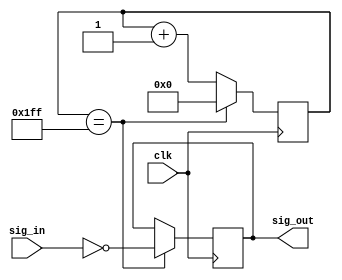
`timescale 1ns / 1ps
//////////////////////////////////////////////////////////////////////////////////
// Company: 
// Engineer: 
// 
// Design Name: 
// Module Name:    Square_Signal 
// Project Name: 
// Target Devices: 
// Tool versions: 
// Description: 
//
// Dependencies: 
//
// Revision: 
// Revision 0.01 - File Created
// Additional Comments: 
//
//////////////////////////////////////////////////////////////////////////////////
module Square_Signal(output reg sig_out,
							input      sig_in,
							input      clk);
reg [8:0] counter = 9'd0;

always @ (posedge clk) begin
	if (counter == 9'd511) begin
		sig_out <= ~sig_in;
		counter <= 9'd0;
	end
	else
		counter <= counter + 1'b1;
end
endmodule